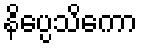
နိပ္ပေသိကော